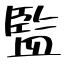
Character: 監